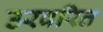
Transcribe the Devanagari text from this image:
उरवरित